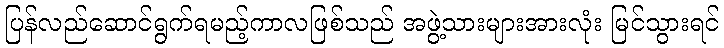
ပြန်လည်ဆောင်ရွက်ရမည့်ကာလဖြစ်သည် အဖွဲ့သားများအားလုံး မြင်သွားရင်